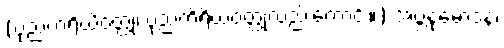
(ပုညကရိယိဝတ္ထု၊ ပုညကိရိယဝတ္ထုလည်းကောင်း။) အဗ္ဘနုမောဒနံ၊